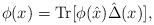
LaTeX: \begin{align*}\phi(x)=\mathrm{Tr}[\phi(\hat{x})\hat{\Delta}(x)], \end{align*}